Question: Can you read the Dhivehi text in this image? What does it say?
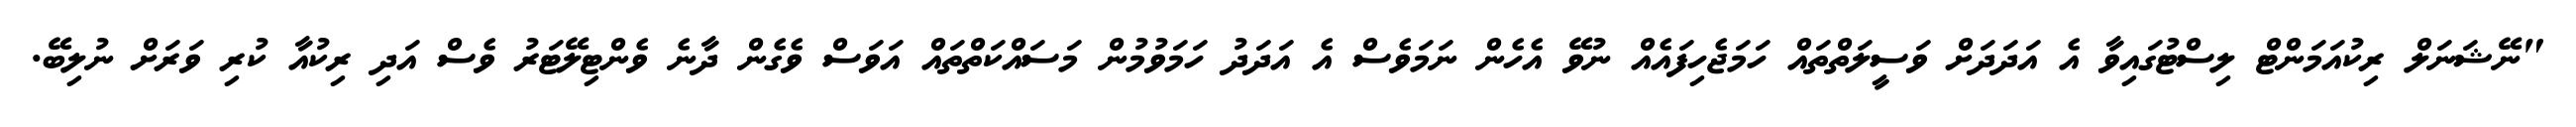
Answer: "ނޭޝަނަލް ރިކުއަމަންޓް ލިސްޓުގައިވާ އެ އަދަދަށް ވަސީލަތްތައް ހަމަޖެހިފައެއް ނުވޭ އެހެން ނަމަވެސް އެ އަދަދު ހަމަވުމުން މަސައްކަތްތައް އަވަސް ވެގެން ދާނެ ވެންޓިލޭޓަރު ވެސް އަދި ރިކުއާ ކުރި ވަރަށް ނުލިބޭ.